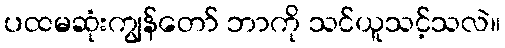
ပထမဆုံးကျွန်တော် ဘာကို သင်ယူသင့်သလဲ။